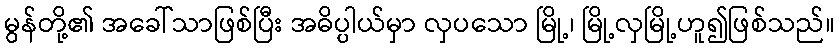
မွန်တို့၏ အခေါ်သာဖြစ်ပြီး အဓိပ္ပါယ်မှာ လှပသော မြို့၊ မြို့လှမြို့ဟူ၍ဖြစ်သည်။